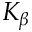
K _ { \beta }